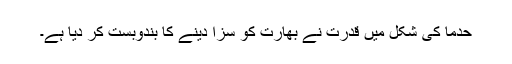
حدما کی شکل میں قدرت نے بھارت کو سزا دینے کا بندوبست کر دیا ہے۔